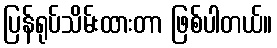
ပြန်ရုပ်သိမ်းထားတာ ဖြစ်ပါတယ်။